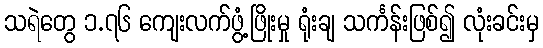
သရဲတွေ ၁.၇၆ ကျေးလက်ဖွံ့ဖြိုးမှု ရုံးချ သင်္ကန်းဖြစ်၍ လုံးခင်းမှ